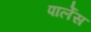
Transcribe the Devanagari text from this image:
पार्लेस